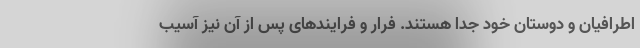
اطرافیان و دوستان خود جدا هستند. فرار و فرایندهای پس از آن نیز آسیب